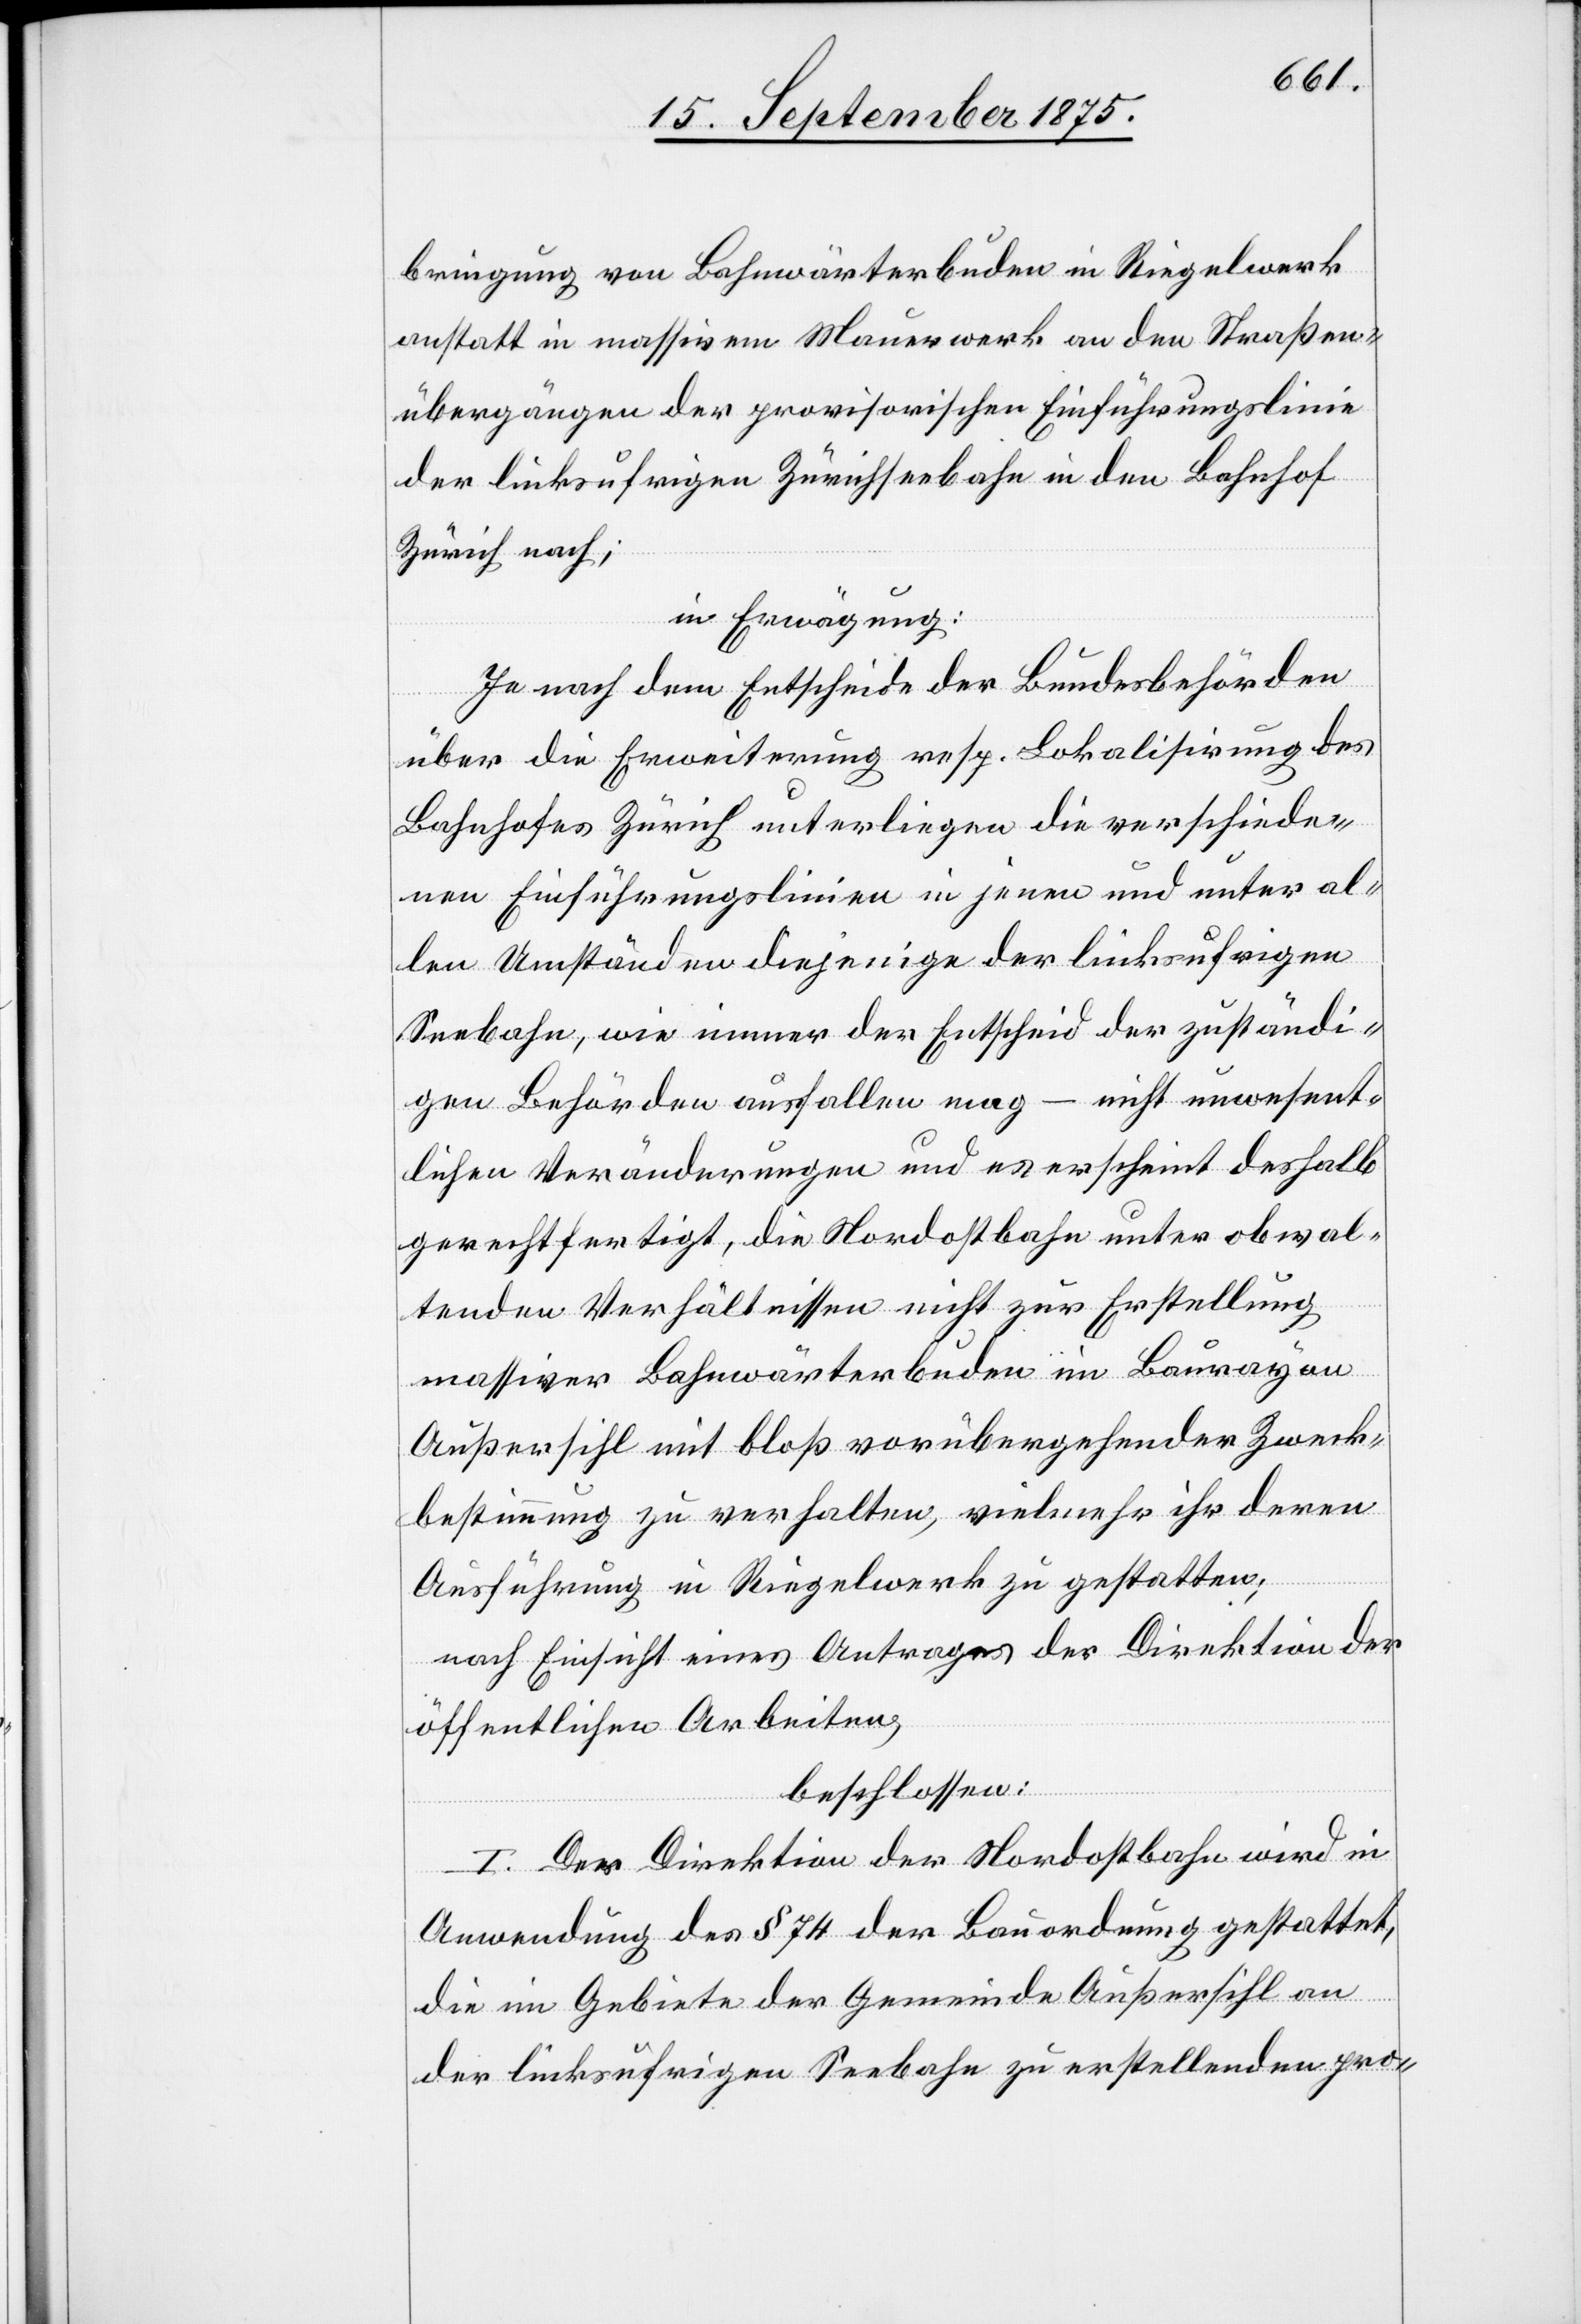
bringung von Bahnwärterbuden in Riegelwerk
anstatt in massivem Mauerwerk an den Straßen¬
übergängen der provisorischen Einführungslinie
der linksufrigen Zürichseebahn in den Bahnhof
Zürich nach;
in Erwägung:
Je nach dem Entscheide der Bundesbehörden
über die Erweiterung resp. Lokalisirung des
Bahnhofes Zürich unterliegen die verschiede¬
nen Einführungslinien in jenen und unter al¬
len Umständen diejenige der linksufrigen
Seebahn, wie immer der Entscheid der zuständi¬
gen Behörden ausfallen mag – nicht unwesent¬
lichen Veränderungen und es erscheint deshalb
gerechtfertigt, die Nordostbahn unter obwal¬
tenden Verhältnissen nicht zur Erstellung
massiver Bahnwärterbuden im Baurayon
Außersihl mit bloß vorübergehender Zweck¬
bestimmung zu verhalten, vielmehr ihr deren
Ausführung in Riegelwerk zu gestatten;
nach Einsicht eines Antrages der Direktion der
öffentlichen Arbeiten,
beschlossen:
I. Der Direktion der Nordostbahn wird in
Anwendung des § 74 der Bauordnung gestattet,
die im Gebiete der Gemeinde Außersihl an
der linksufrigen Seebahn zu erstellenden pro-